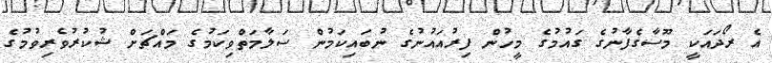
އެ ރޯދައަކީ މޫސާގެފާނުގެ ގައުމުގެ މީހުން ފިރުއައުނުގެ ނުބައިކަމުން ސަލާމަތްވިކަމުގެ މައްޗަށް ޝުކުރުވެރިވުމުގެ